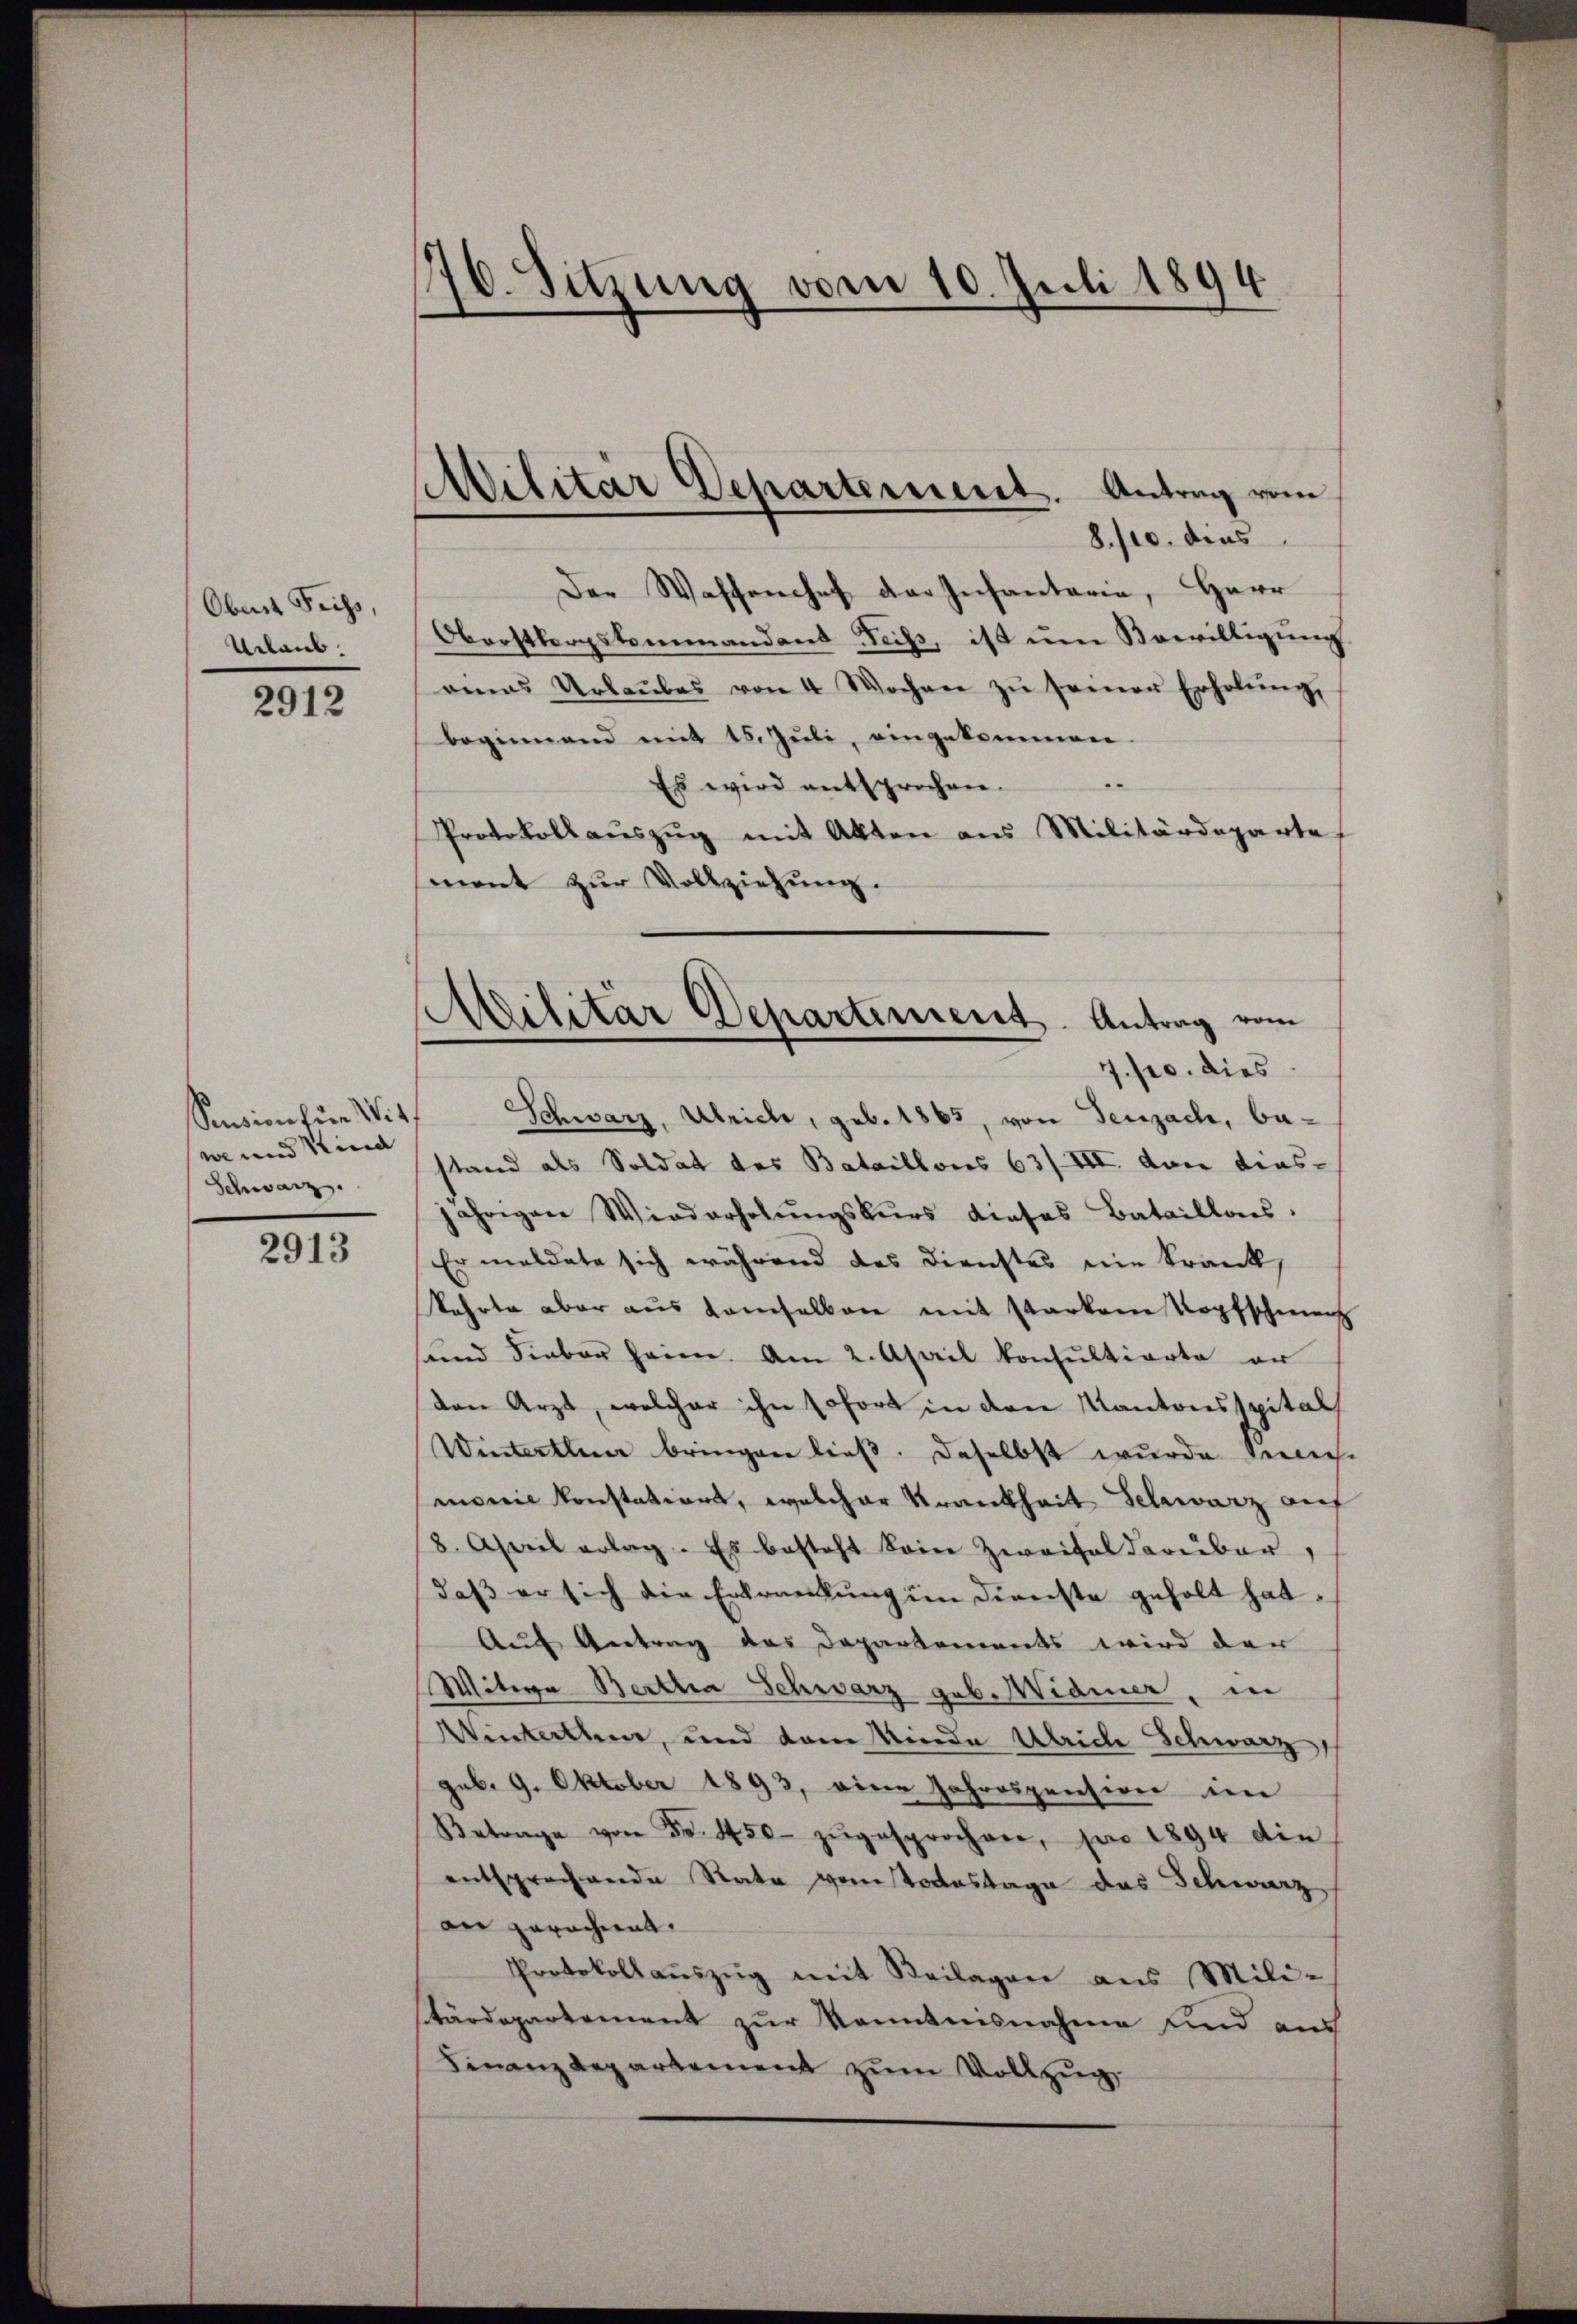
Obert Feiss,
Urlaub.

2912

Sension zur Witwe und Kind
Schwarz

2913

0. Sitzung vom 10. Juli 1894

Militär Departement. Antrag vom

8./10. dens
Der Waffenchef der Infantarie, Herr
Oborstbergstommandant Feiss, ist um Bewilligung
renas Urlaŭbes von 4 Wochen zŭ seinen Erholŭng,
beginnend mit 15. Jŭli, eingekommen.
Es wird entsprochen.
Protokollauszug mit Akten aus Militärdeparte
mant zur Vollziehung.

Militar Departement. Antrag vom
7. pr. dies

Schwarz, Ulrich, geb. 1865, von Seuzach, bestand als Soldat des Bataillons 63/III. den dies-
jährigen Wiederholŭngskŭrs dieses Bataillons:
Er meldete sich während das Dienstes nie Krank,
kehrte aber aus demselben mit starkem Kopfschmach
und Fieber heim. Am 2. April konsultierte er
den Arzt, welcher ihn sofort in den Kantonsspitals
Winterthun bringen ließ. Daselbst wurde Senies-
monie konstations, welcher Krankheit Schwarz auf
8. April erlag. Es besteht kein Zweifel darüber
daß er sich die Erkrankung in Dienste geholt hat.
Auf Antrag des Departements wird der
Witwe Bertha Schwarz geb. Widmer, in
Winterthun, und dem Minde Ulriche Schwarz
geb. 9. Oktober 1893, eine Jahrespension im
Betrage von Fr. 450. zŭgesprochen, pro 1894 die
entsprochende Rata vom Todestage das Schwarz,
an gerachen.
Protokollaŭszŭg mit Beilagen aus Mili-
tärdepartement zur Kenntnisnahme und aus
Finanzdepartement zum Vollzug,